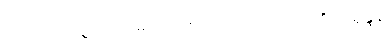
ကောင်းပေစွတကား။ သာဟံ၊ ထိုငါသည်။ ကာသိံ သုရုန္ဒနံ၊